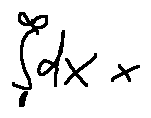
\int \limits _ { 0 } ^ { \infty } d x x